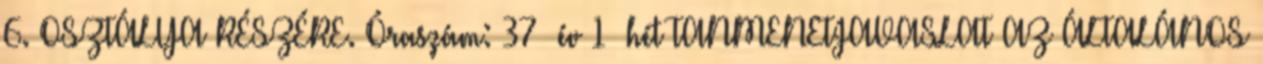
6. OSZTÁLYA RÉSZÉRE. Óraszám: 37 év 1 hét TANMENETJAVASLAT AZ ÁLTALÁNOS